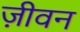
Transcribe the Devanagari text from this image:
ज़ीवन